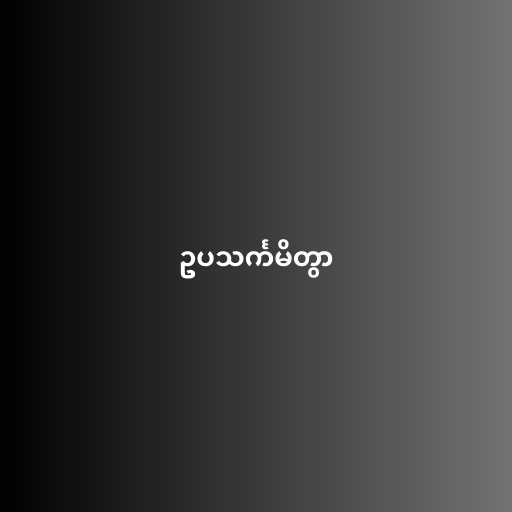
ဥပသင်္ကမိတွာ